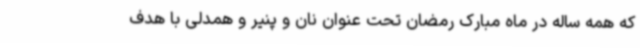
که همه ساله در ماه مبارک رمضان تحت عنوان نان و پنیر و همدلی با هدف